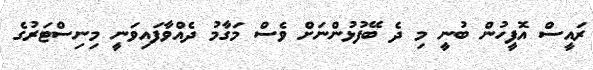
ރައީސް އޮފީހުން ބުނީ މި ދެ ބޭފުޅުންނަށް ވެސް މަގާމު ދެއްވާފައިވަނީ މިނިސްޓަރުގެ